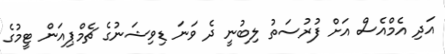
އަދި އެމްއެސް އަށް ފުރުސަތު ލިބުނީ ދެ ވަނަ ޑިވިޝަނުގެ ޗެމްޕިއަން ޓީމުގެ